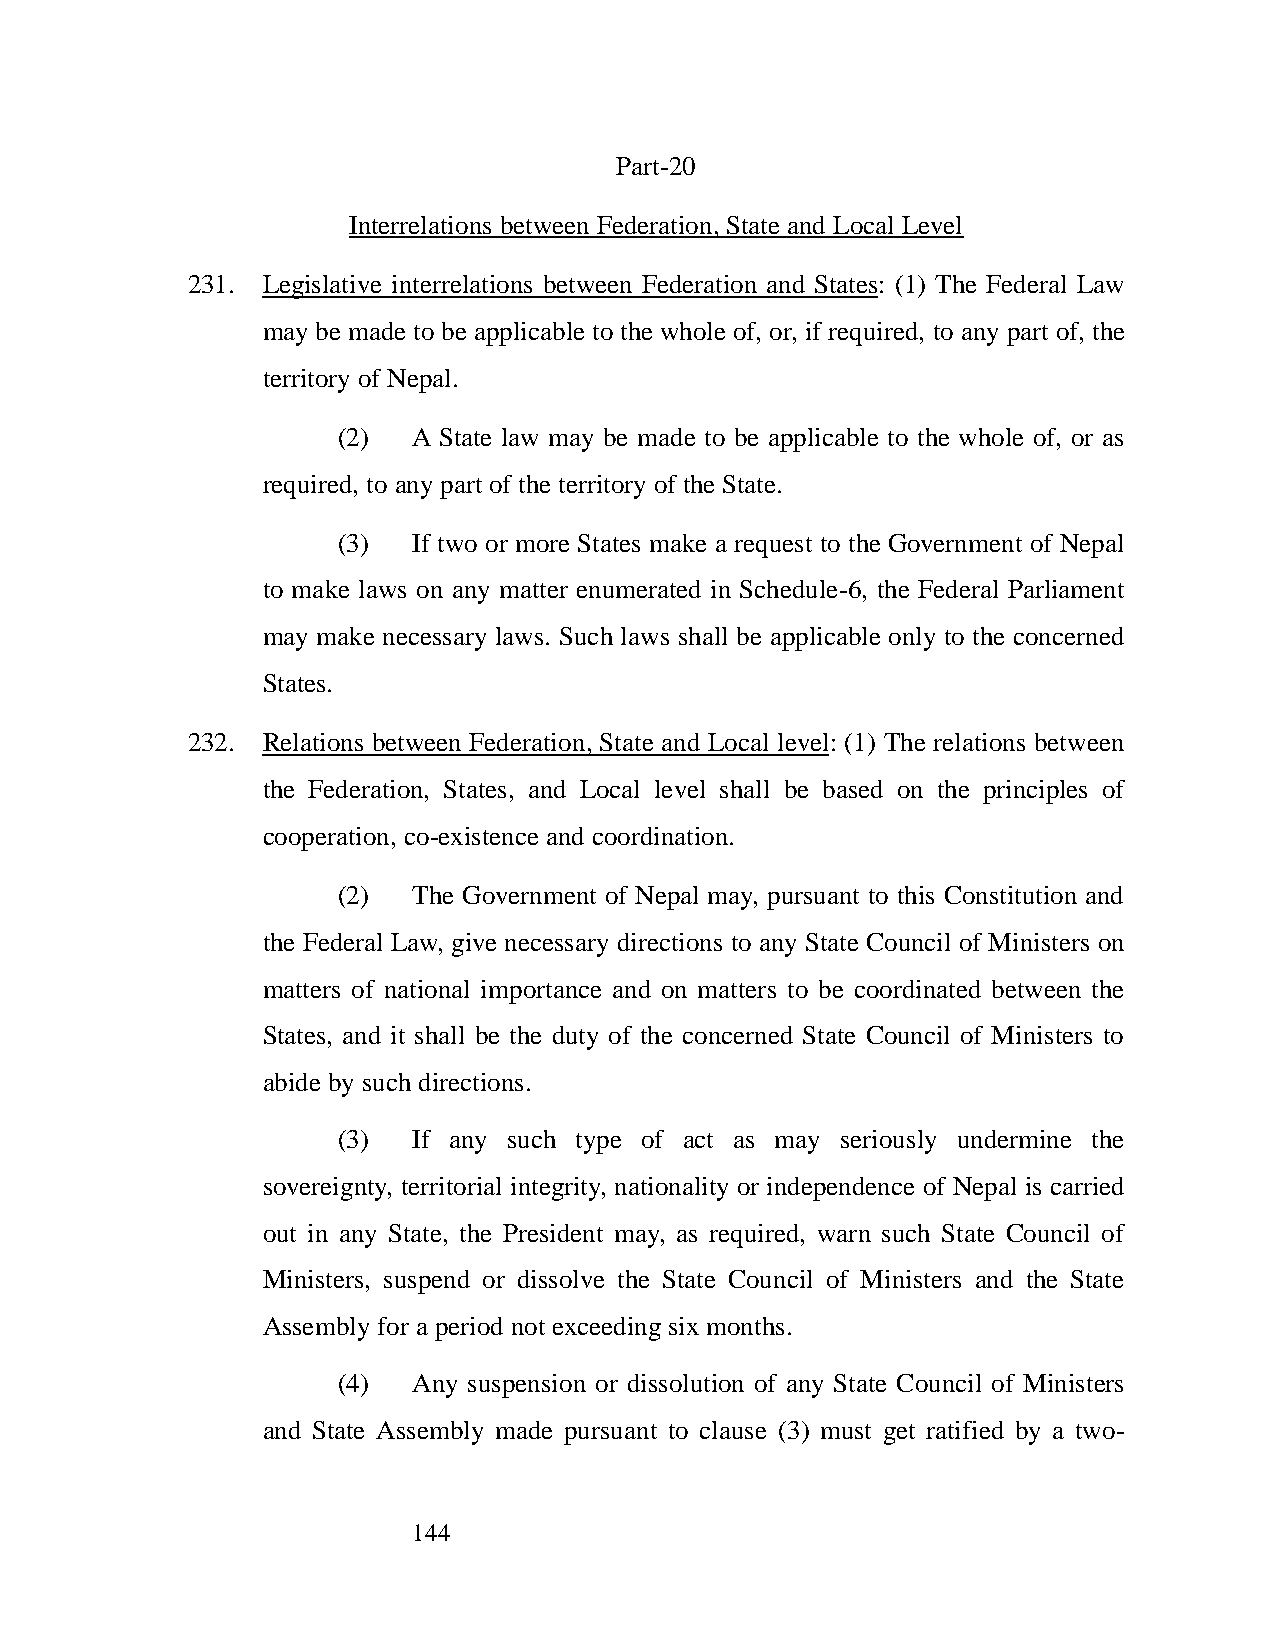
Part-20
 Interrelations between Federation, State and Local Level
 231. Legislative interrelations between Federation and States: (1) The Federal Law
 may be made to be applicable to the whole of, or, if required, to any part of, the
 territory of Nepal.
 (2)  A State law may be made to be applicable to the whole of, or as
 required, to any part of the territory of the State.
 (3)  If two or more States make a request to the Government of Nepal
 to make laws on any matter enumerated in Schedule-6, the Federal Parliament
 may make necessary laws. Such laws shall be applicable only to the concerned
 States.
 232. Relations between Federation, State and Local level: (1) The relations between
 the Federation, States, and Local level shall be based on the principles of
 cooperation, co-existence and coordination.
 (2)  The Government of Nepal may, pursuant to this Constitution and
 the Federal Law, give necessary directions to any State Council of Ministers on
 matters of national importance and on matters to be coordinated between the
 States, and it shall be the duty of the concerned State Council of Ministers to
 abide by such directions.
 (3)  If any such type of act as may seriously undermine the
 sovereignty, territorial integrity, nationality or independence of Nepal is carried
 out in any State, the President may, as required, warn such State Council of
 Ministers, suspend or dissolve the State Council of Ministers and the State
 Assembly for a period not exceeding six months.
 (4)  Any suspension or dissolution of any State Council of Ministers
 and State Assembly made pursuant to clause (3) must get ratified by a two-
 144